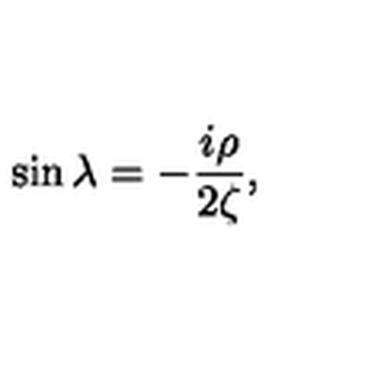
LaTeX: \sin \lambda = - \frac { i \rho } { 2 \zeta } ,